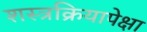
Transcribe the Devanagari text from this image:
शस्त्रक्रियापेक्षा